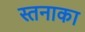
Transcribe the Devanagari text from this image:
स्तनाका